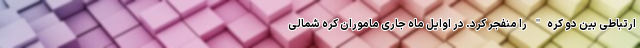
ارتباطی بین دو کره" را منفجر کرد. در اوایل ماه جاری ماموران کره شمالی